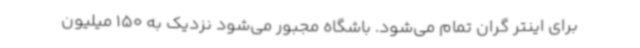
برای اینتر گران تمام می‌شود. باشگاه مجبور می‌شود نزدیک به 150 میلیون